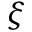
{ \boldsymbol \xi }